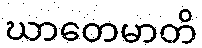
ဃာတေမာတိ